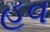
હૂવ